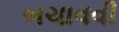
બચાવવી